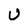
Character: U